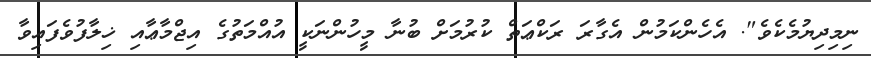
ނިމިދިޔުމެކެވެ". އެހެންކަމުން އެގާރަ ރަކްޢަތް ކުރުމަށް ބުނާ މީހުންނަކީ އުއްމަތުގެ އިޖްމާޢާއި ޚިލާފުވެފައިވާ